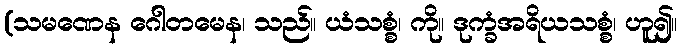
(သမဏေန ဂေါတမေန၊ သည်။ ယံသစ္စံ၊ ကို။ ဒုက္ခံအရိယသစ္စံ၊ ဟူ၍။